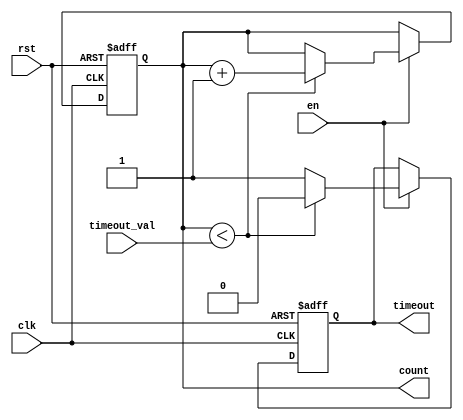
module timeout_counter #(
    parameter WIDTH = 8 // Parameter to define the width of the counter
) (
    input wire clk,                 // Clock signal
    input wire rst,                 // Asynchronous reset signal
    input wire en,                  // Enable signal
    input wire [WIDTH-1:0] timeout_val, // Configurable time-out value
    output reg timeout,             // Time-Out signal
    output reg [WIDTH-1:0] count    // Current counter value
);

// Asynchronous reset and counter logic
always @(posedge clk or posedge rst) begin
    if (rst) begin
        count <= 0;                 // Reset count to zero on reset
        timeout <= 1'b0;            // Deassert the timeout signal
    end else if (en) begin
        if (count < timeout_val) begin
            count <= count + 1;     // Increment the counter if enabled
            timeout <= 1'b0;        // Ensure timeout is deasserted
        end else begin
            timeout <= 1'b1;        // Assert timeout if count reached timeout_val
        end
    end
end

endmodule